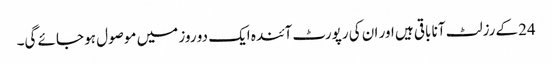
24کے رزلٹ آنا باقی ہیں اور ان کی رپورٹ آئندہ ایک دو روز میں موصول ہو جائے گی۔